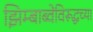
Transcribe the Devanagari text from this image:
झिम्बाब्वेविरूद्धच्या